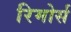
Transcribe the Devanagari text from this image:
रिमोर्स